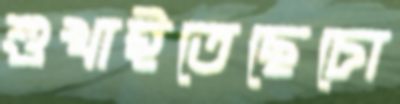
শুখাইতেছেচো